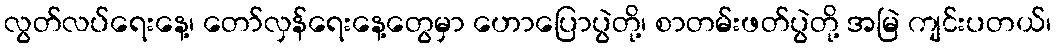
လွတ်လပ်ရေးနေ့၊ တော်လှန်ရေးနေ့တွေမှာ ဟောပြောပွဲတို့၊ စာတမ်းဖတ်ပွဲတို့ အမြဲ ကျင်းပတယ်၊